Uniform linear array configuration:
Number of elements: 48
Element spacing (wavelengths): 1
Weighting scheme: hann
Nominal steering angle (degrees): -30
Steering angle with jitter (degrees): -31.691
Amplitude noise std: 0.05
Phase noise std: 0.05

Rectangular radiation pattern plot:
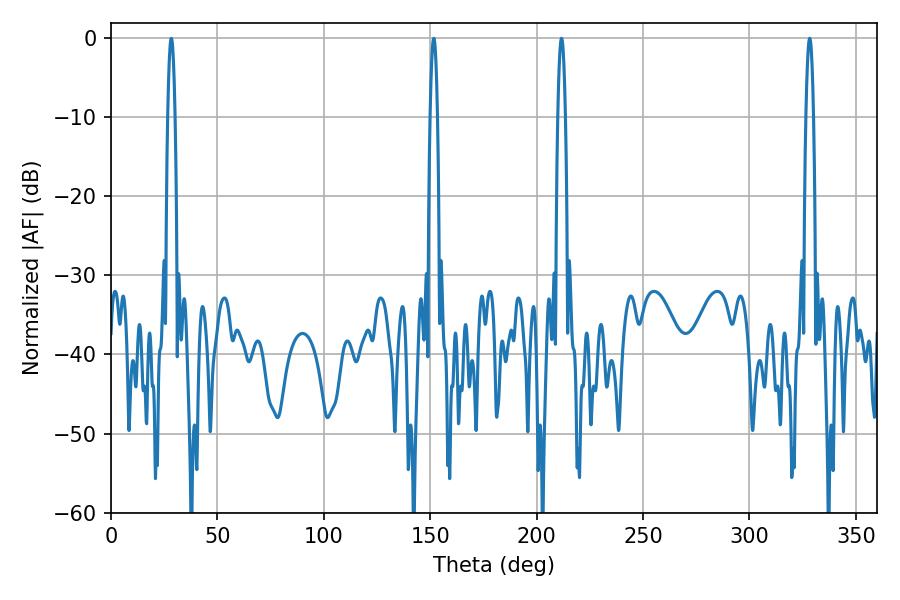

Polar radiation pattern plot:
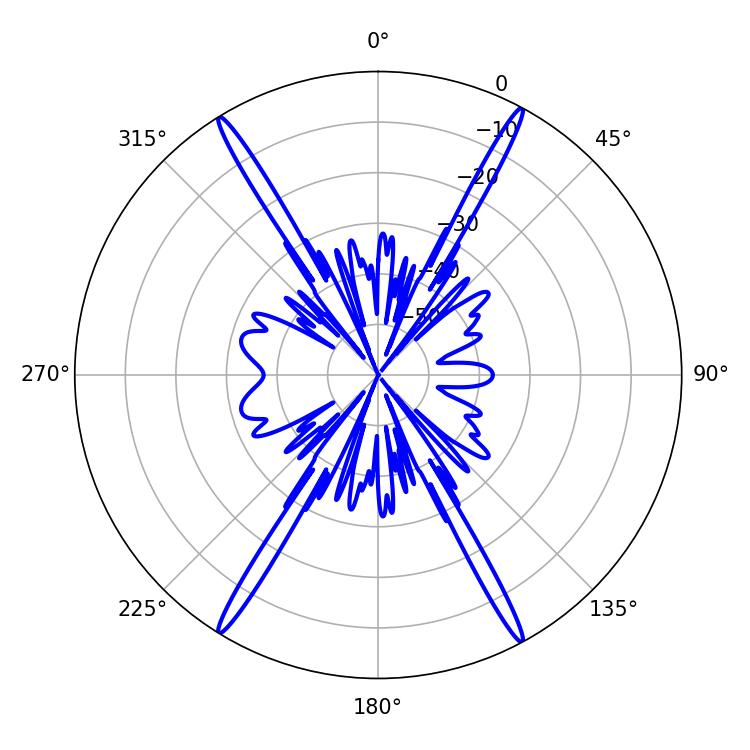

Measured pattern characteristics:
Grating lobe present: TRUE
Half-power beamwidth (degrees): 1.8
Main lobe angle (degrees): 211.68